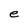
Character: e